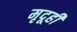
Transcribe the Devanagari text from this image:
मृदूही